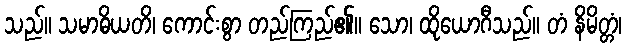
သည်။ သမာဓိယတိ၊ ကောင်းစွာ တည်ကြည်၏။ သော၊ ထိုယောဂီသည်။ တံ နိမိတ္တံ၊